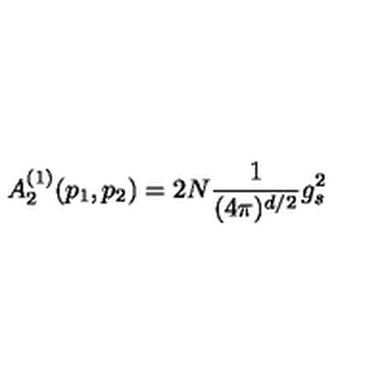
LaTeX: A _ { 2 } ^ { ( 1 ) } ( p _ { 1 } , p _ { 2 } ) = 2 N \frac { 1 } { ( 4 \pi ) ^ { d / 2 } } g _ { s } ^ { 2 }